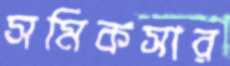
সমিকসার